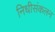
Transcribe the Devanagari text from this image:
निधीसंकलन